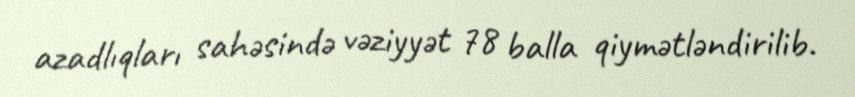
azadlıqları sahəsində vəziyyət 78 balla qiymətləndirilib.